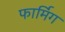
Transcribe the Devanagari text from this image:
फार्मिग